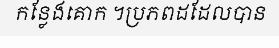
កន្លែងគោក ។ប្រភពដដែលបាន